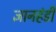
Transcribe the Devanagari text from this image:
ज्ञानहंडी